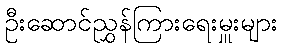
ဦးဆောင်ညွှန်ကြားရေးမှူးများ